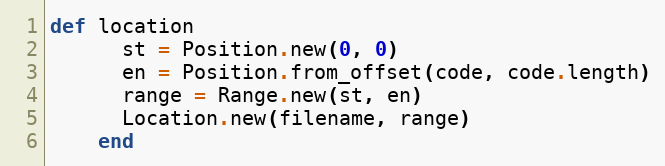
Language: Ruby
def location
      st = Position.new(0, 0)
      en = Position.from_offset(code, code.length)
      range = Range.new(st, en)
      Location.new(filename, range)
    end